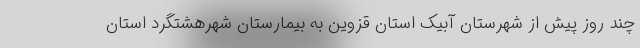
چند روز پیش از شهرستان آبیک استان قزوین به بیمارستان شهرهشتگرد استان